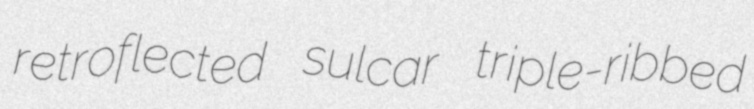
retroflected sulcar triple-ribbed